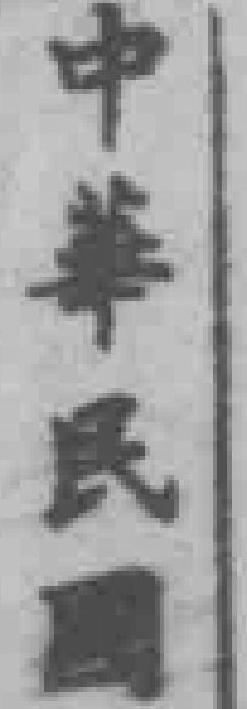
中華民國